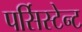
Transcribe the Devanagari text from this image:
पर्सिस्टेन्ट